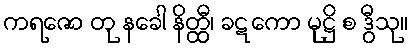
ကရဇော တု နခေါ နိတ္ထီ၊ ခဋကော မုဋ္ဌိ စ ဒွီသု။